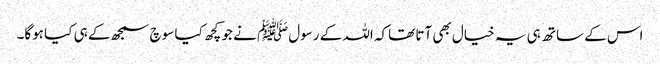
اس کے ساتھ ہی یہ خیال بھی آتا تھاکہ اللہ کے رسولﷺ نے جو کچھ کیا سوچ سمجھ کے ہی کیا ہوگا۔